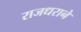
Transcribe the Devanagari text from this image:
राजधराने